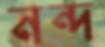
নন্দ